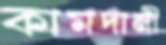
কামদানী